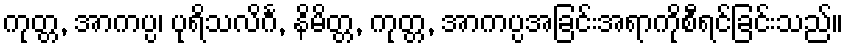
ကုတ္တ, အာကပ္ပ၊ ပုရိသလိင်္ဂ, နိမိတ္တ, ကုတ္တ, အာကပ္ပအခြင်းအရာကိုစီရင်ခြင်းသည်။